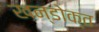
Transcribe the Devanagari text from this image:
खन्डोक्त